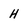
Character: H